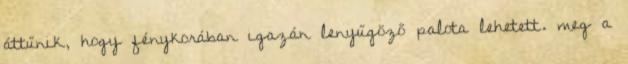
áttűnik, hogy fénykorában igazán lenyűgöző palota lehetett. meg a